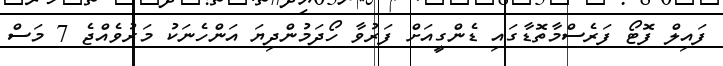
ފައިލް ފޮޓޯ ފަރެސްމާތޮޑާގައި ޑެންގީއަށް ފަރުވާ ހޯދަމުންދިޔަ އަންހެނަކު މަރުވެއްޖެ 7 މަސް